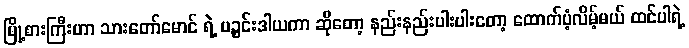
မြို့စားကြီးဟာ သားတော်မောင် ရဲ့ ပဉ္စင်းဒါယကာ ဆိုတော့ နည်းနည်းပါးပါးတော့ ထောက်ပံ့လိမ့်မယ် ထင်ပါရဲ့